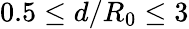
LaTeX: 0.5\leq d/R_{0}\leq 3